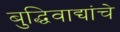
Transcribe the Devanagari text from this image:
बुद्धिवाद्यांचे